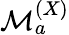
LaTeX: {\cal M}_{a}^{(X)}